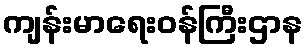
ကျန်းမာရေးဝန်ကြီးဌာန